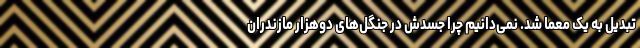
تبدیل به یک معما شد. نمی‌دانیم چرا جسدش در جنگل‌های دوهزار مازندران